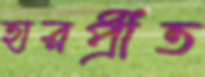
হারপ্রীত